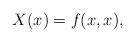
LaTeX: \begin{align*}X(x) = f(x,x),\end{align*}